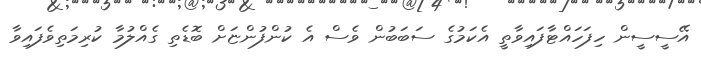
އޭސީސީން ހިފަހައްޓާފައިވާތީ އެކަމުގެ ސަބަބުން ވެސް އެ ކުންފުންޏަށް ބޮޑެތި ގެއްލުމާ ކުރިމަތިވެފައިވާ